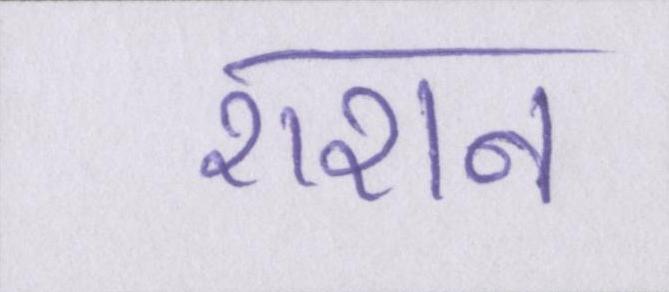
राशन